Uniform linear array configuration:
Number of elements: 32
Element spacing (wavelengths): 0.75
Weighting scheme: blackman
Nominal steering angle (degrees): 60
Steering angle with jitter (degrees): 59.494
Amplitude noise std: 0.05
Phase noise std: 0.05

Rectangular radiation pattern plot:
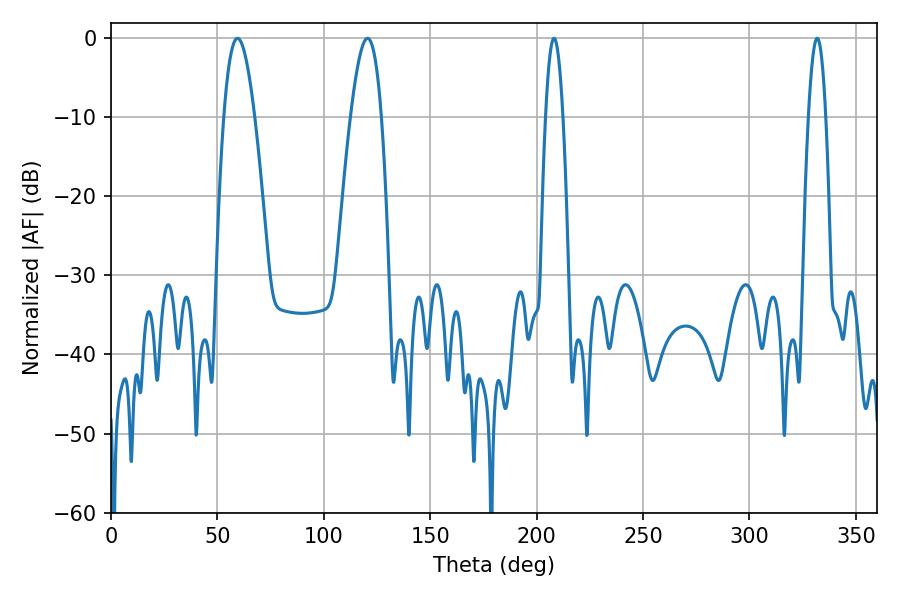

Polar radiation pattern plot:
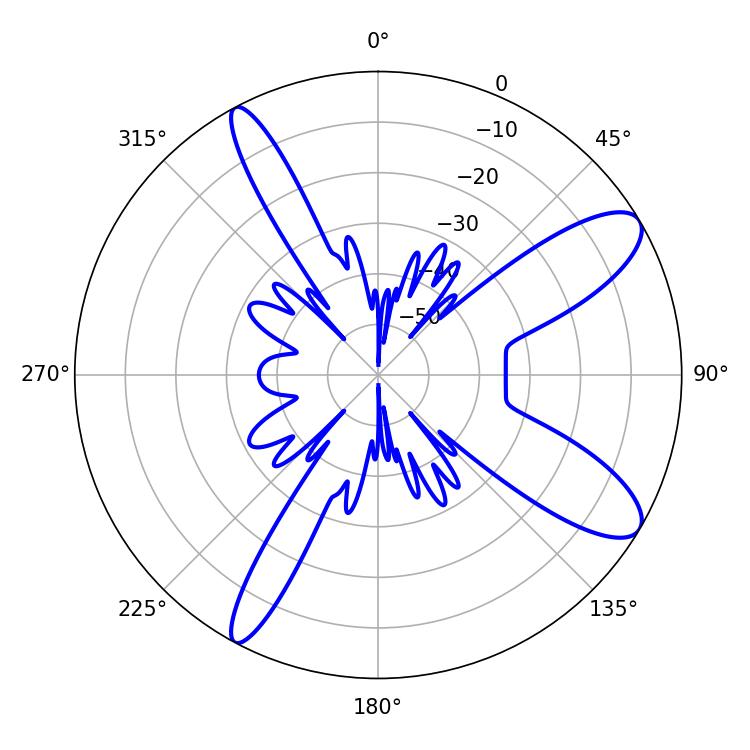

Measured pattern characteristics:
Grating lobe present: TRUE
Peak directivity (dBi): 10.508
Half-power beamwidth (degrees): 7.92
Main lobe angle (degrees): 59.4